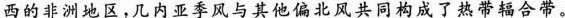
西的非洲地区，几内亚季风与其他偏北风共同构成了热带辐合带。